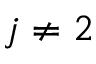
j \neq 2